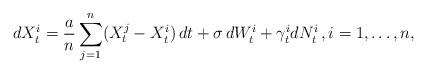
LaTeX: \begin{align*}dX_t^i=\frac{a}{n} \sum_{j=1}^n (X_t^j-X_t^i)\,dt +\sigma\,dW_t^i + \gamma_{t} ^i dN^i_t \,,i=1,\dots,n,\end{align*}